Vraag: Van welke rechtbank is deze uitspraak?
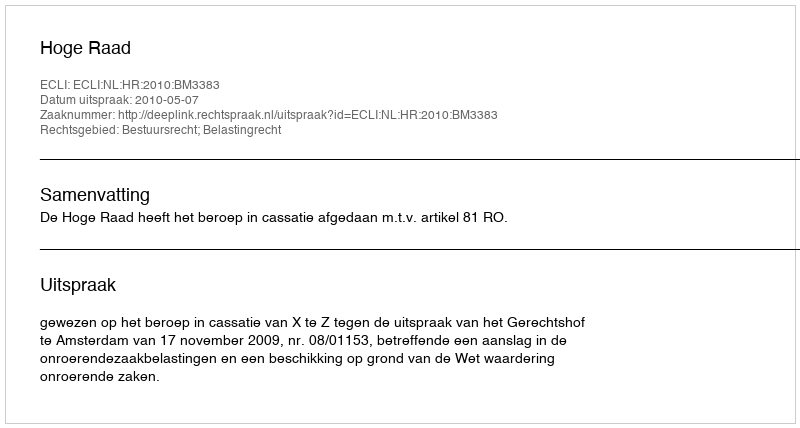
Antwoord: Hoge Raad